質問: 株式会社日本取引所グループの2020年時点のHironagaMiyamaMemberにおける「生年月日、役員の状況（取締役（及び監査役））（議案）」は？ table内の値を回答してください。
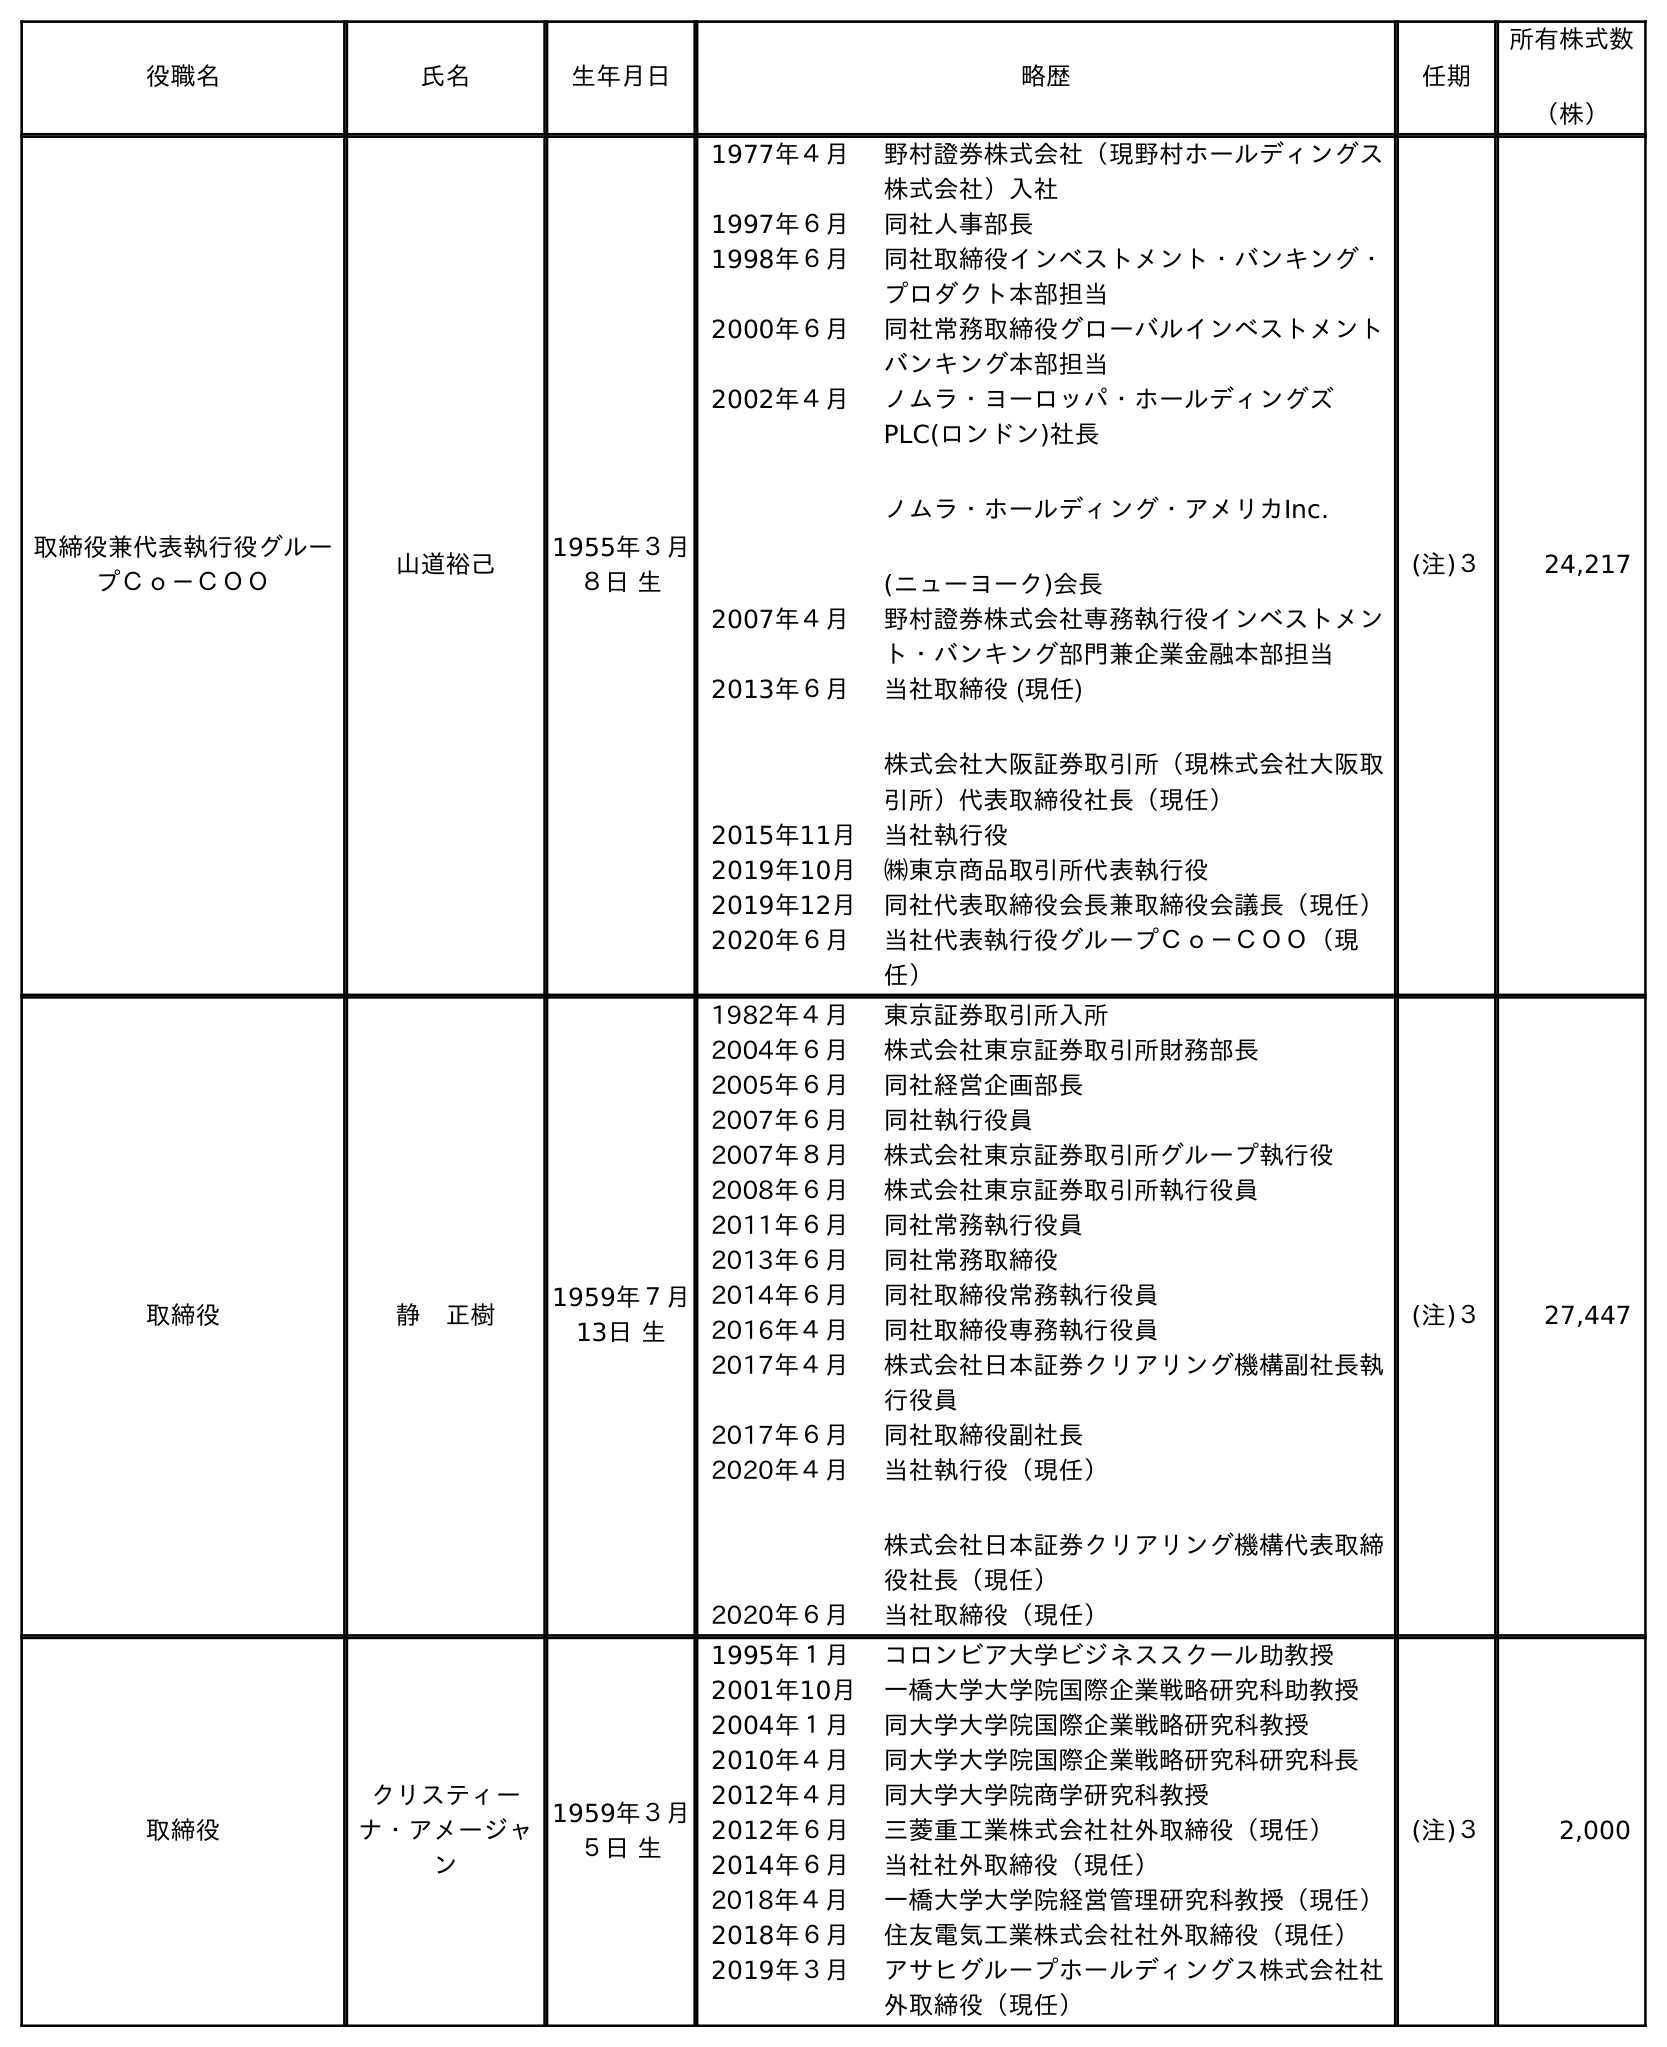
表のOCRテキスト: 役職名 氏名 生年月日 略歴 任期 所有株式数 （株） 取締役兼代表執行役グルー プＣｏ－ＣＯＯ 山道裕己 1955年３月 ８日 生 1977年４月 野村證券株式会社（現野村ホールディングス 株式会社）入社 1997年６月 同社人事部長 1998年６月 同社取締役インベストメント・バンキング・ プロダクト本部担当 2000年６月 同社常務取締役グローバルインベストメント バンキング本部担当 2002年４月 ノムラ・ヨーロッパ・ホールディングズ PLC(ロンドン)社長 ノムラ・ホールディング・アメリカInc. (ニューヨーク)会長 2007年４月 野村證券株式会社専務執行役インベストメン ト・バンキング部門兼企業金融本部担当 2013年６月 当社取締役 (現任) 株式会社大阪証券取引所（現株式会社大阪取 引所）代表取締役社長（現任） 2015年11月 当社執行役 2019年10月 ㈱東京商品取引所代表執行役 2019年12月 同社代表取締役会長兼取締役会議長（現任） 2020年６月 当社代表執行役グループＣｏ－ＣＯＯ（現 任） (注)３ 24,217 取締役 静 正樹 1959年７月 13日 生 1982年４月 東京証券取引所入所 2004年６月 株式会社東京証券取引所財務部長 2005年６月 同社経営企画部長 2007年６月 同社執行役員 2007年８月 株式会社東京証券取引所グループ執行役 2008年６月 株式会社東京証券取引所執行役員 2011年６月 同社常務執行役員 2013年６月 同社常務取締役 2014年６月 同社取締役常務執行役員 2016年４月 同社取締役専務執行役員 2017年４月 株式会社日本証券クリアリング機構副社長執 行役員 2017年６月 同社取締役副社長 2020年４月 当社執行役（現任） 株式会社日本証券クリアリング機構代表取締 役社長（現任） 2020年６月 当社取締役（現任） (注)３ 27,447 取締役 クリスティー ナ・アメージャ ン 1959年３月 ５日 生 1995年１月 コロンビア大学ビジネススクール助教授 2001年10月 一橋大学大学院国際企業戦略研究科助教授 2004年１月 同大学大学院国際企業戦略研究科教授 2010年４月 同大学大学院国際企業戦略研究科研究科長 2012年４月 同大学大学院商学研究科教授 2012年６月 三菱重工業株式会社社外取締役（現任） 2014年６月 当社社外取締役（現任） 2018年４月 一橋大学大学院経営管理研究科教授（現任） 2018年６月 住友電気工業株式会社社外取締役（現任） 2019年３月 アサヒグループホールディングス株式会社社 外取締役（現任） (注)３ 2,000
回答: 1959年７月13日生